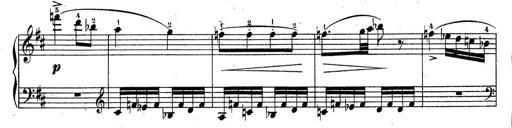
Title: Sonatine No.3
Composer: Peter Piel
Key: D major